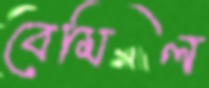
বেমিল